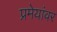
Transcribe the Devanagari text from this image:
प्रमेयांवर